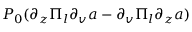
P _ { 0 } ( \partial _ { z } \Pi _ { l } \partial _ { v } a - \partial _ { v } \Pi _ { l } \partial _ { z } a )